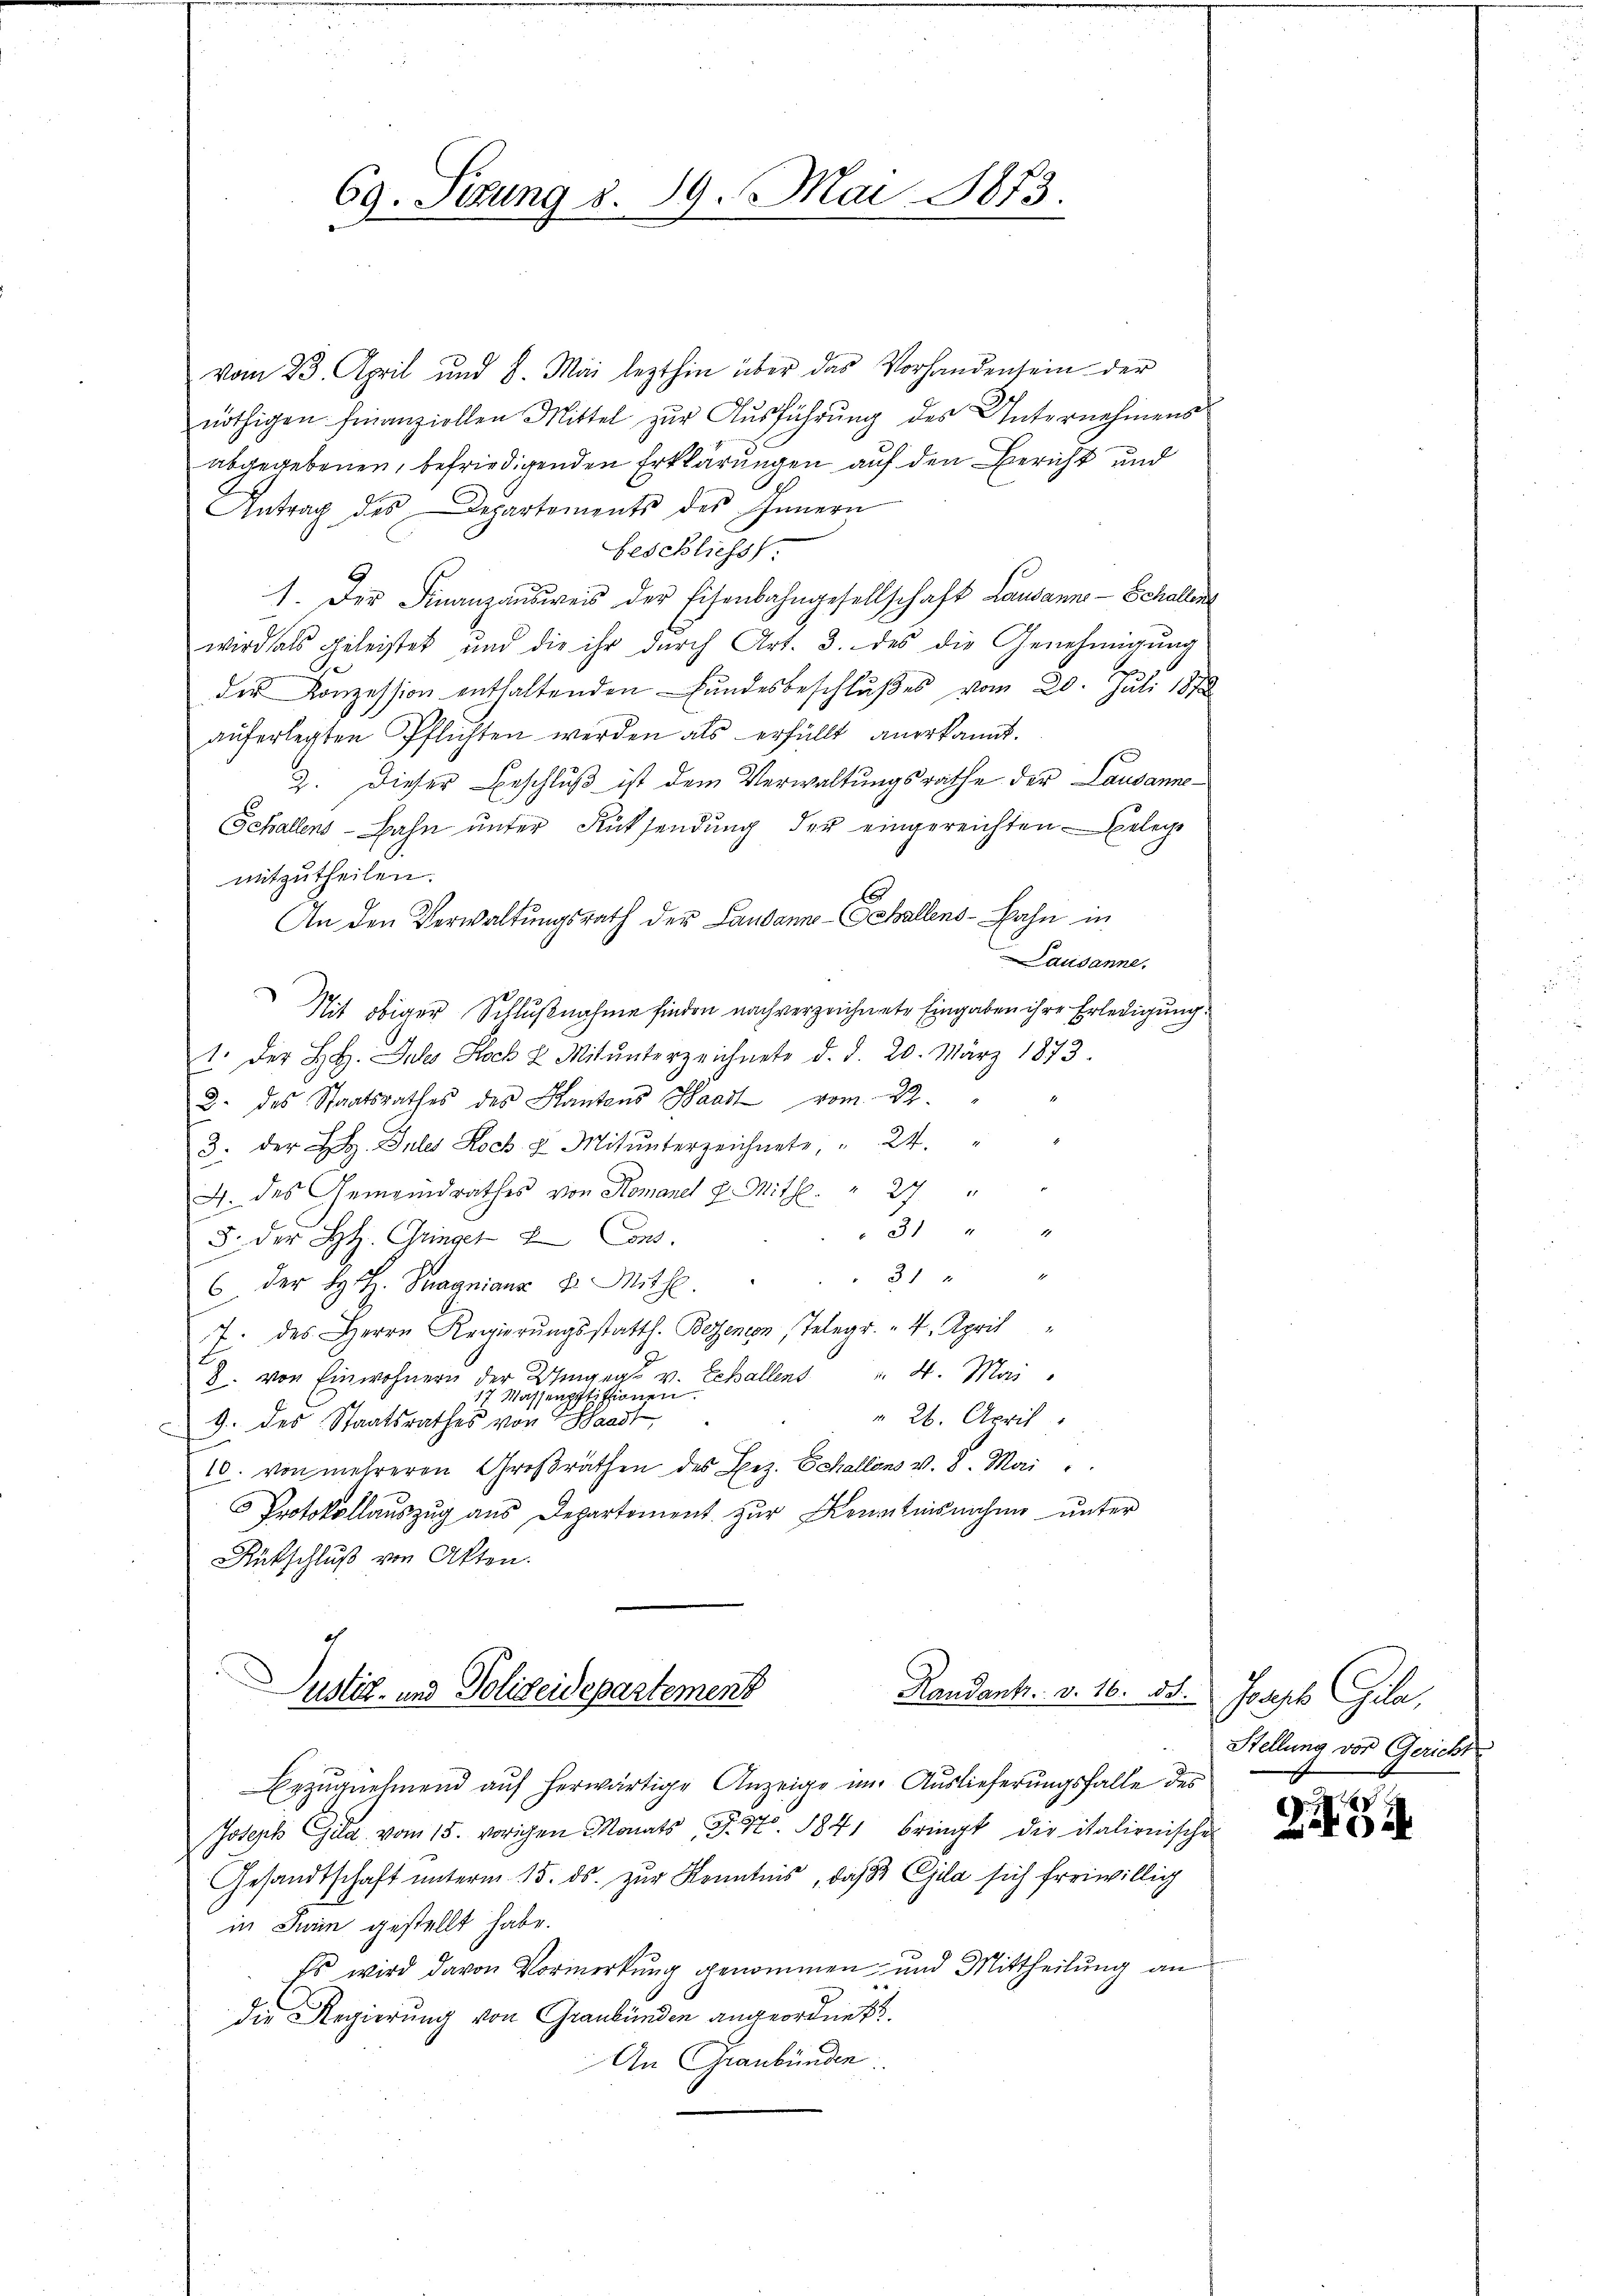
69. Setzung d. 19. Mai 1873.

vom 23. April und 8. Mai lezthin über das Vorhandensein der
nöthigen finanziellen Mittel zur Ausführung des Unternehmens
abgegebenen, befriedigenden Erklärungen auf den Bericht und
Antrag des Departements des Innern
Geschliess:
1. Der Finanzausweis der Eisenbahngesellschaft Lausanne - Schallen
wird als geleistet und die ihr dŭrch Art. 3. des die Genehmigŭng
der Konzession enthaltenden Fundesbeschlußes vom 20. Juli 1872
auferlegten Pflichten werden als erfüllt anerkannt.
2. Dieser Beschluß ist dem Verwaltungsrathe der Lausanne¬
Schallens-Bahn ŭnter Rücksendung der eingereichten. Gelege
mitzutheilen.
C
An den Verwaltungsrath der Landann-Schallens-Bahn in
Lausanne.
Nit obiger Schlußnahme finden nach verzeichnete Eingaben ihre Erledigung.
1. Der L. Julo Stock u. Mit ŭnterzeichnete d. d. 20. März 1873.
2. des Staatsrathes des Kantons Waadt vom 12.
3. der L. Juler Rock & Mitunterzeichnete " 24.
J. des Gemeindrathes von Romanel p. Mithl. " 27 "
31 " "
5. der H. Gringer Ins
 x 2
 der H. H. Tragnians u. Mithl.
7. des Herrn Regierŭngsstatth. Bezencon, Telegr. 4. April
8. von Einwohnern der Umgeg. v. Echallens 4. Mai
7. Massenpflissionen
 26. April
9. des Staatsrathes von Waadt,
10. von mehreren Groβräthen des Bez. Echallens v. 8. Mai
Protokollauszug aus Departement zur Kenntnisnahme unter
Rükschluß von Akten.
e
Justiz- und Polizeidepartement
Randank. v. 16. 55.  Joseph Gila,
Bezŭgnehmend auf herwärtige Anzeige im Auslieferungsfalle des
Joseph Geld vom 15. vorigen Monats J. S. 1841 bringt die italienische
Gesandtschaft ŭnterm 15. ds. zŭr Kenntnis, daß Ella sich freiwillig
in Turin gestellt habe.
Es wird davon Vormerkung genommen und Mittheilung an
Die Regierung von Graubünden angeordnet
An Graubünden

Stellung vor Gericht

2